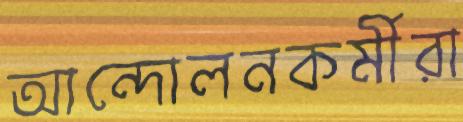
আন্দোলনকর্মীরা